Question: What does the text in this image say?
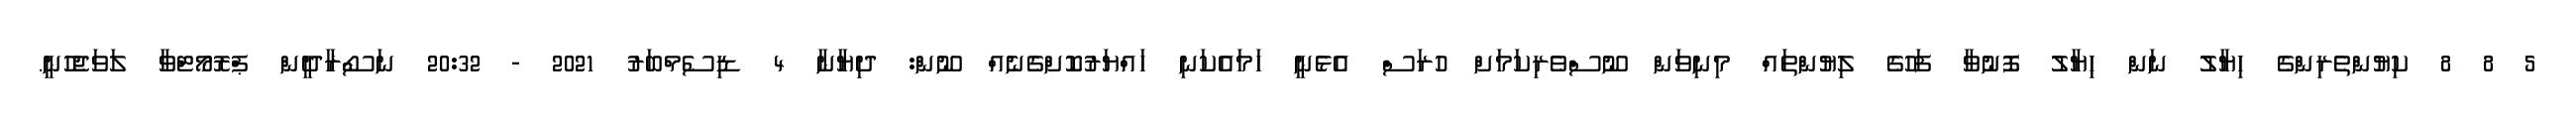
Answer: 5 8 8 ކިޔުންތެރިންގެ ހިޔާލު ނަން ޙިޔާލު ފޮނުވާ ފަހުގެ ލިޔުންތައް މިނިވަން ނޫސްވެރިކަމަށް ހުރަސް އެޅެނީ ހަމައެކަނި ހައްޔަރުކޮށްގެނެއް ނޫން: ދިޔާނާ 4 ޑިސެމްބަރު 2021 - 20:32 ނަސޯރާދީން ޕްރޮމޯޓްވާ ލަވަޖެހުނީ.